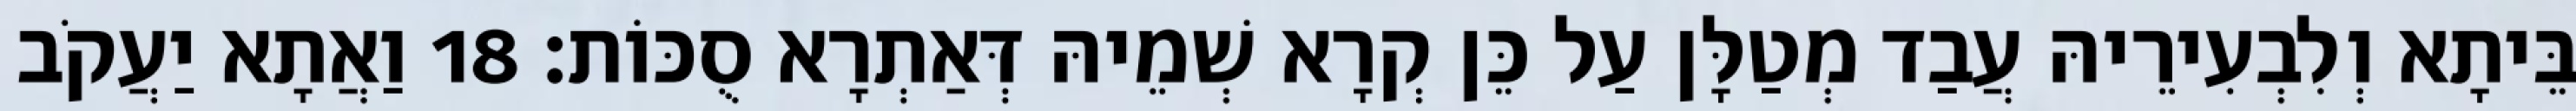
בֵּיתָא וְלִבְעִירֵיהּ עֲבַד מְטַלָּן עַל כֵּן קְרָא שְׁמֵיהּ דְּאַתְרָא סֻכּוֹת׃ 18 וַאֲתָא יַעֲקֹב